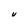
Character: U